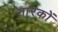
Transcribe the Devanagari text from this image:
नारकों